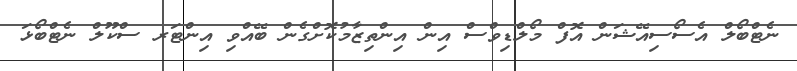
ނެޓްބޯލް އެސޯސިއޭޝަން އޮފް މޯލްޑިވްސް އިން އިންތިޒާމުކޮށްގެން ބޭއްވި އިންޓަރ ސްކޫލް ނެޓްބޯޅަ